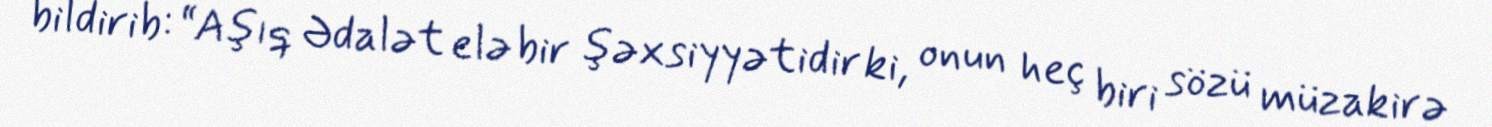
bildirib: “Aşıq Ədalət elə bir şəxsiyyətidir ki, onun heç biri sözü müzakirə